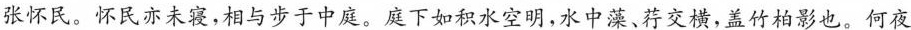
张怀民。怀民亦未寝，相与步于中庭。庭下如积水空明，水中藻、荇交横，盖竹柏影也。何夜